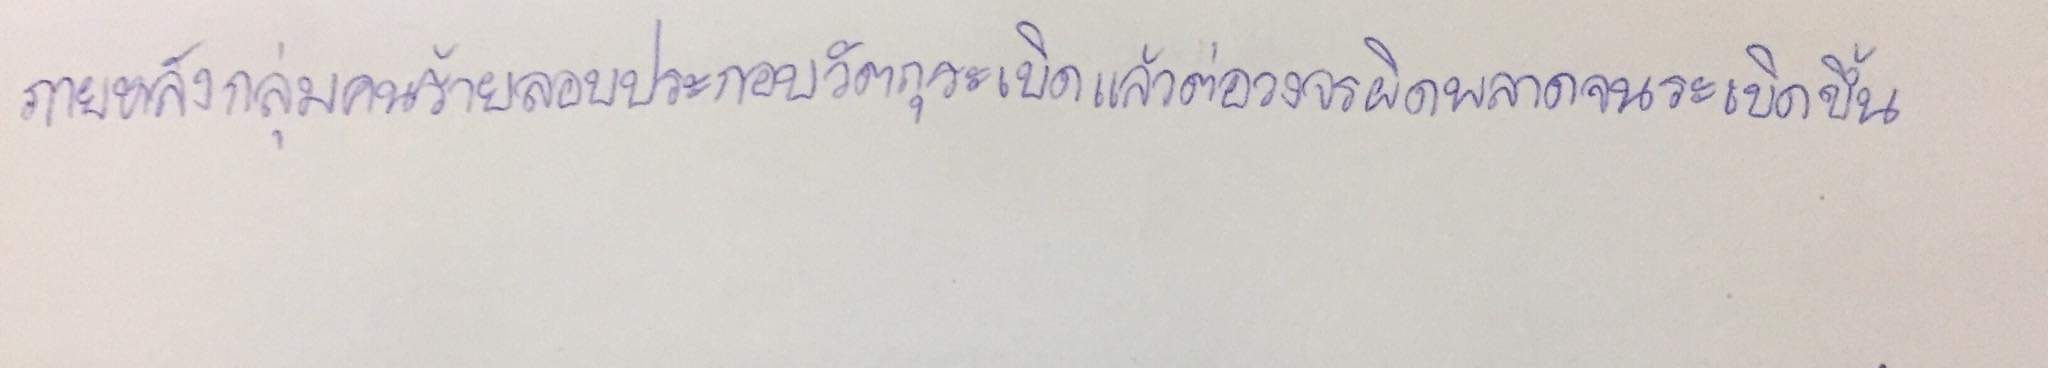
ภายหลังกลุ่มคนร้ายลอบประกอบวัตถุระเบิดแล้วต่อวงจรผิดพลาดจนระเบิดขึ้น